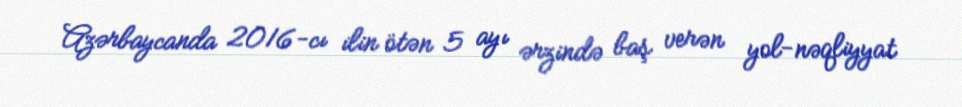
Azərbaycanda 2016-cı ilin ötən 5 ayı ərzində baş verən yol-nəqliyyat